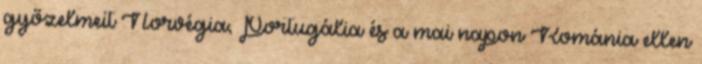
győzelmeit Norvégia, Portugália és a mai napon Románia ellen